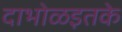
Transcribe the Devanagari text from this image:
दाभोळइतके